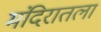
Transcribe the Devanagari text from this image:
मंदिरातला